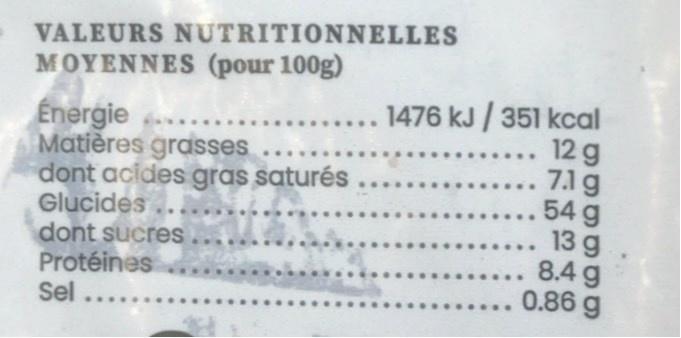
VALEURS NUTRITIONNELLES MOYENNES (pour 100g)
Energie
Matières grasses
dont acides gras saturés .....
Glucides
dont sucres
Protéines
Sel
1476 kJ/ 351 kcal
12 g
7.1 g
54 g
13 g
8.4 g
0.86 g